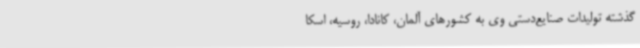
گذشته تولیدات صنایع‌دستی وی به کشورهای آلمان، کانادا، روسیه، اسکا